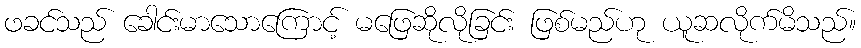
ဖခင်သည် ခေါင်းမာသောကြောင့် မဖြေဆိုလိုခြင်း ဖြစ်မည်ဟု ယူဆလိုက်မိသည်။